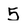
Character: 5